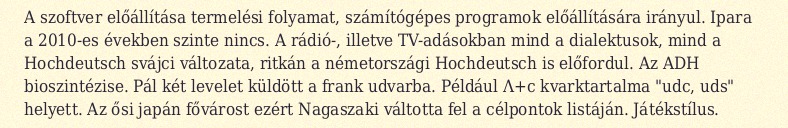
A szoftver előállítása termelési folyamat, számítógépes programok előállítására irányul. Ipara a 2010-es években szinte nincs. A rádió-, illetve TV-adásokban mind a dialektusok, mind a Hochdeutsch svájci változata, ritkán a németországi Hochdeutsch is előfordul. Az ADH bioszintézise. Pál két levelet küldött a frank udvarba. Például Λ+c kvarktartalma "udc, uds" helyett. Az ősi japán fővárost ezért Nagaszaki váltotta fel a célpontok listáján. Játékstílus.